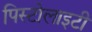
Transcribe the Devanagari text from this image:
पिस्टोलाइटी